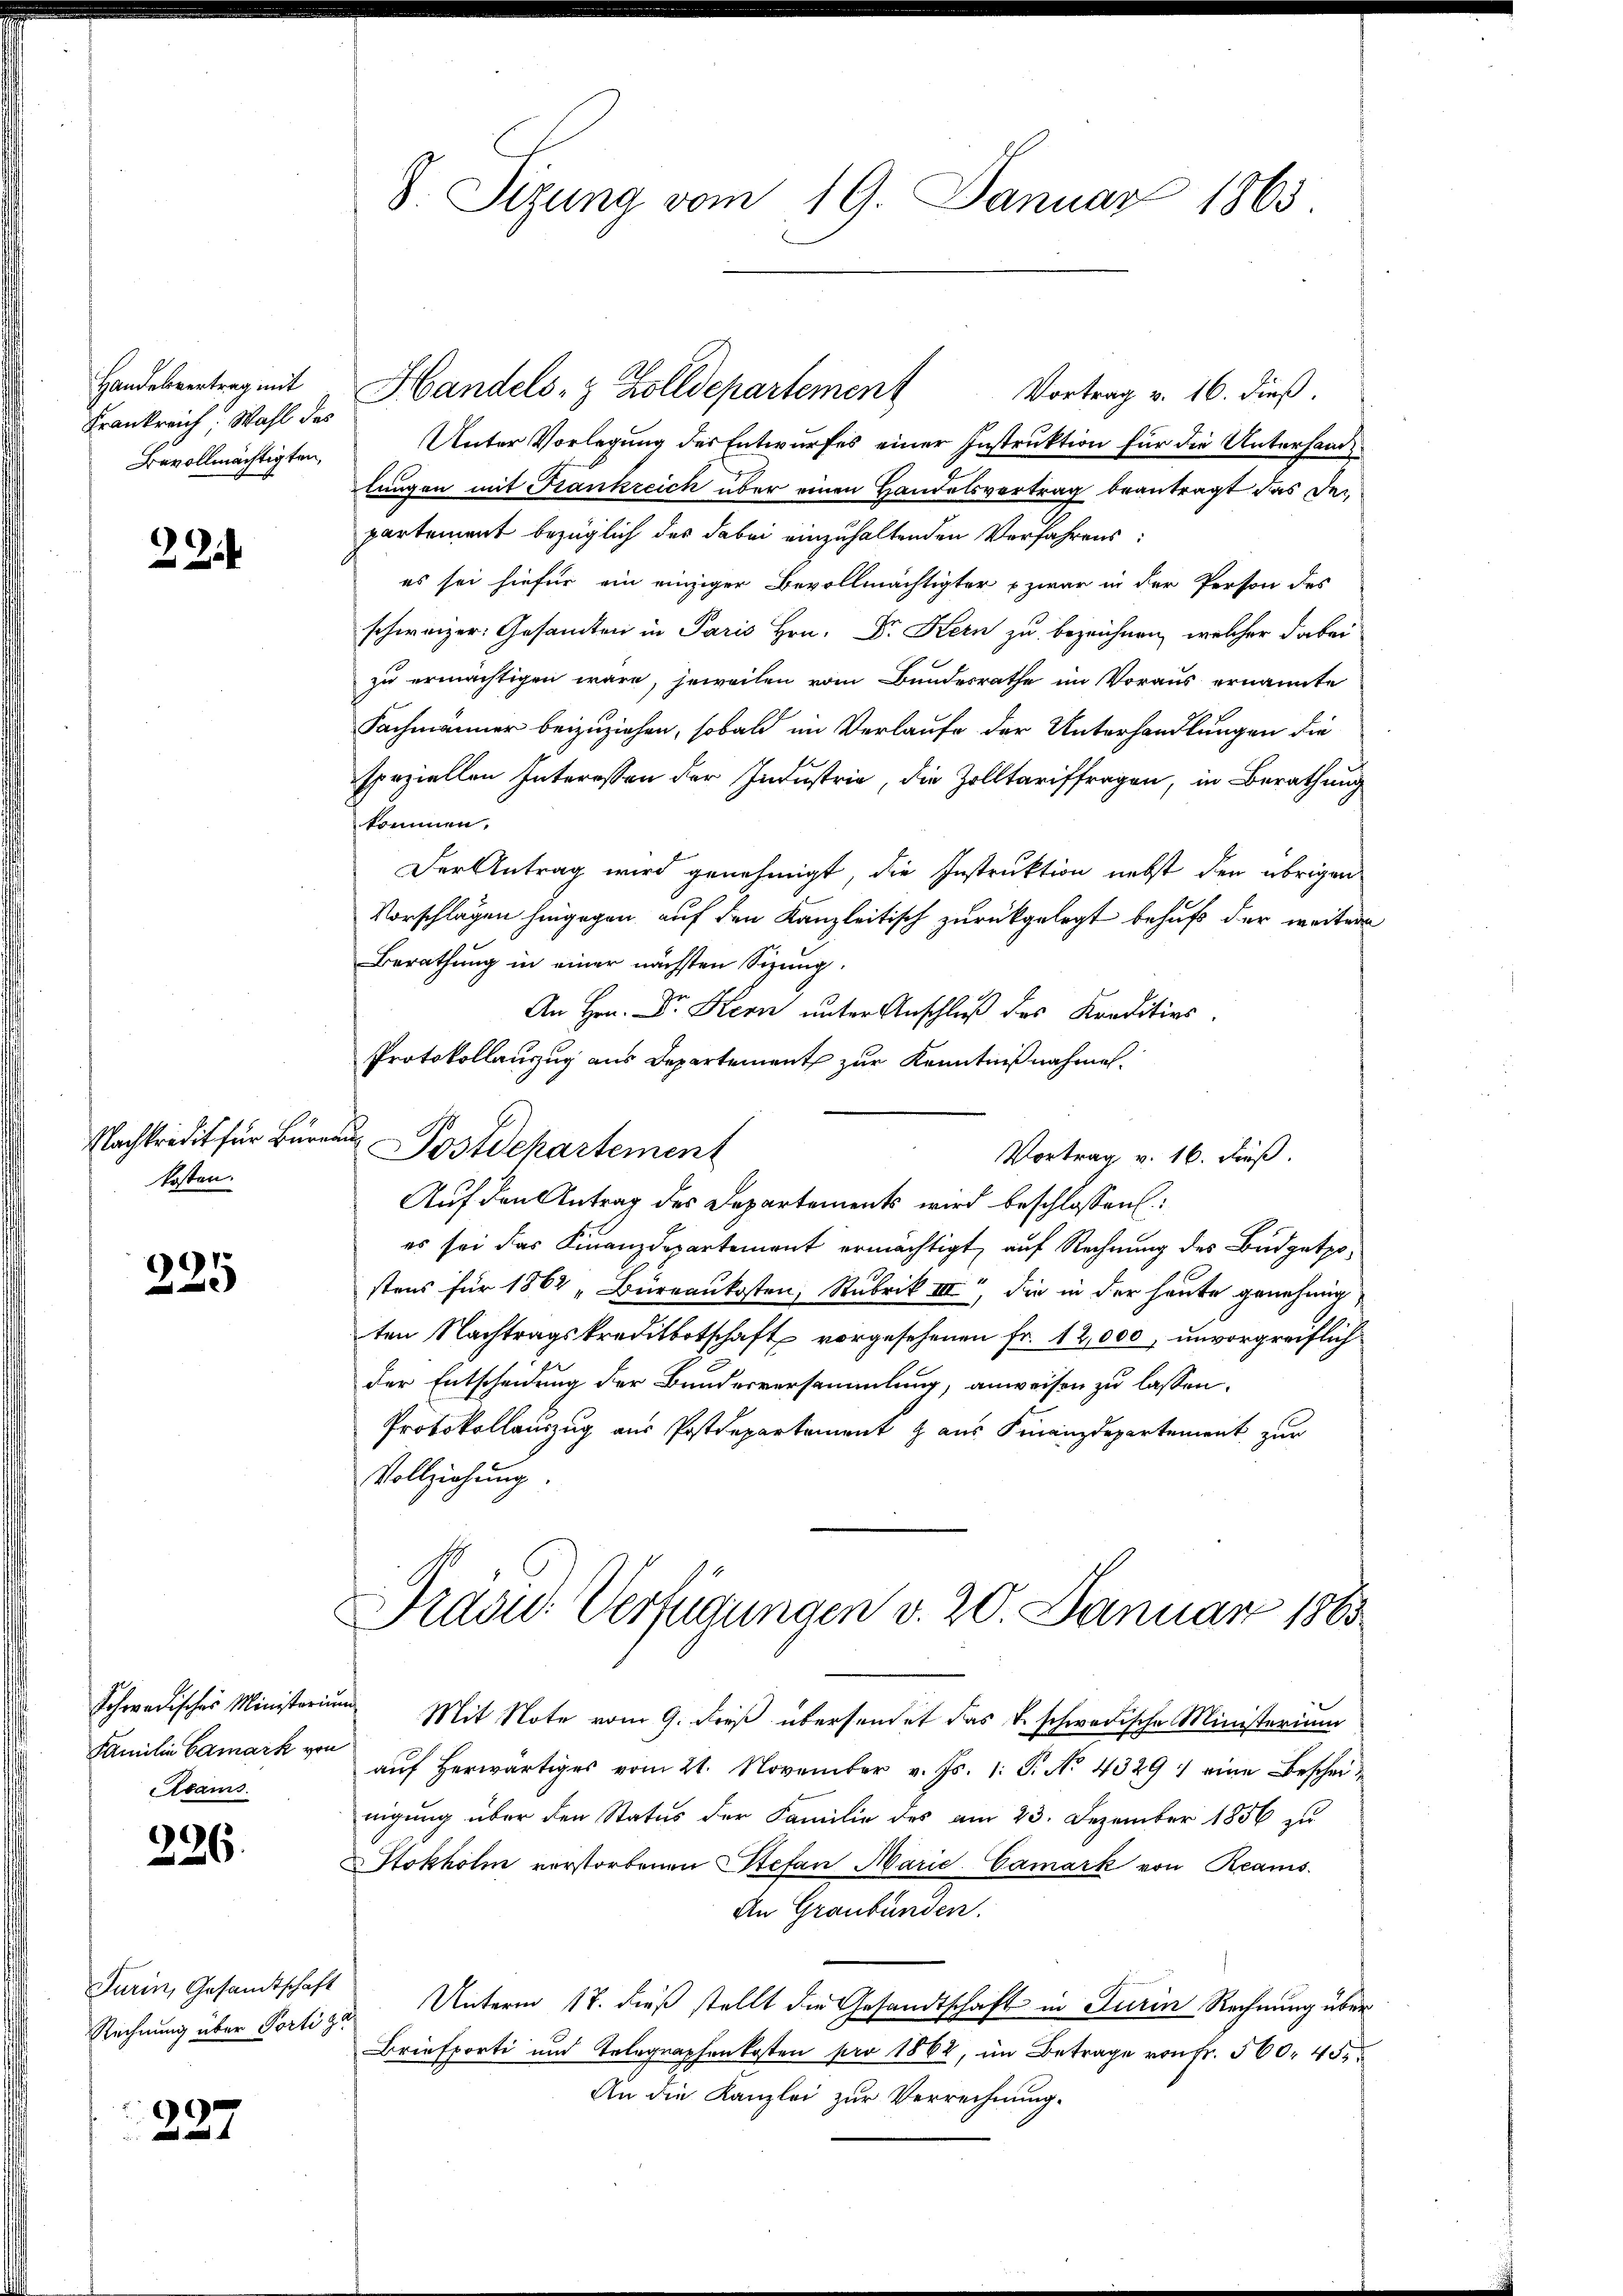
Handelsvertrag mit
Frankreich, Wahl des
Bevollmächtigten,

22

Nachkredit für Büreau
kosten.

991
e

Schwedisches Ministorii
Familien Camark von
Abams

226.

Turin, Gesandtschaft
Rechnung über Porti¬

227

Handels- & Zolldepartement
Vortrag v. 16. dieß.
Unter Vorlegung der Entwurfes einer Instruktion für die Unterhande
lungen mit Frankreich über einen Handelsvertrag beantragt das Departement bezüglich der dabei einzuhaltenden Verfahrens:
es sei hiefür ein einziger Bevollmächtigter zwar in der Person des
schweizer. Gesamten in Paris Hrn. Dr. Kern zu bezeichnen, welcher dabei
zu ermächtigen wäre, jeweilen vom Bundesrathe im Voraus ernannte
Fachmänner beizuziehen, sobald im Verlaufe der Unterhandlungen die
speziellen Interessen der Industria, die Zolltariffragen, in Berathung
kommen.
Der Antrag wird genehmigt, die Instruktion nebst den übrigen
Vorschlagen hingegen auf den Kanzleitisch zurückgelegt behufs der weiter
Berathung in einer nächsten Sizung.
An Hrn. Dr Kern unter Anschluß des Kreditios.
Protokollanzug aus Departement zur Kenntnißnahmen.
Postdepartement
Vortrag v. 16. dieß.
Auf den Antrag des Departements wird beschlossen:
es sei das Finanzdepartement ermächtigt, auf Rechnung des Budgetpostens für 1862 "Bureaukosten, Rubrik IIII, die in der heute genehmig
ten Nachtragskreditbotschaft vorgesehenen Fr. 12,000, unvorgreiflich
der Entscheidung der Bundesversammlung, anweisen zu lassen.
Protokollauszug aus Postdepartement & aus Finanzdepartement zur
Vollziehung

8. Sizung vom 19. Januar 1863.

Prdoid: Verfügungen v. 20. Januar 1883

und Mit Note vom 9. dieß übersendet das k. schwedische Ministerium
aŭf herwärtiges vom 21. November v. Js. 1. P. No 4329. eine Bescheinigung über den Status der Familie des am 23. Dezember 1856 zu
Stokholm verstorbenen Stefan Marie-Camark von Reams
An Graubünden.
Unterm 17. dieß stellt die Gesandtschaft in Turin Rechnung über
A
Briefporti und Telegraphenkosten pro 1862, im Betrage von fr. 560. 452
An die Kanzlei zur Verrechnung.